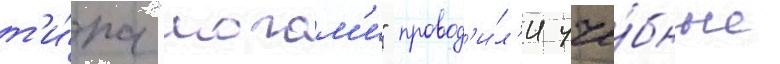
т'и́па "могам'и" провод'и́л'и уче́бные